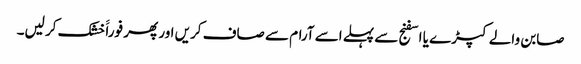
صابن والے کپڑے یا اسفنج سے پہلے اسے آرام سے صاف کریں اور پھر فوراََ خشک کر لیں۔